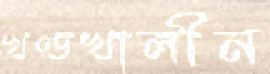
খণ্ডখালীন